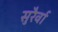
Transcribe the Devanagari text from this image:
सुरैर्वा